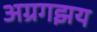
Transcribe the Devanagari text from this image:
अग्रगझय